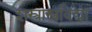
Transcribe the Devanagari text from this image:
शस्त्रास्त्रविद्या